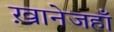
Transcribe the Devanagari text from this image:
ख़ानेजहाँ